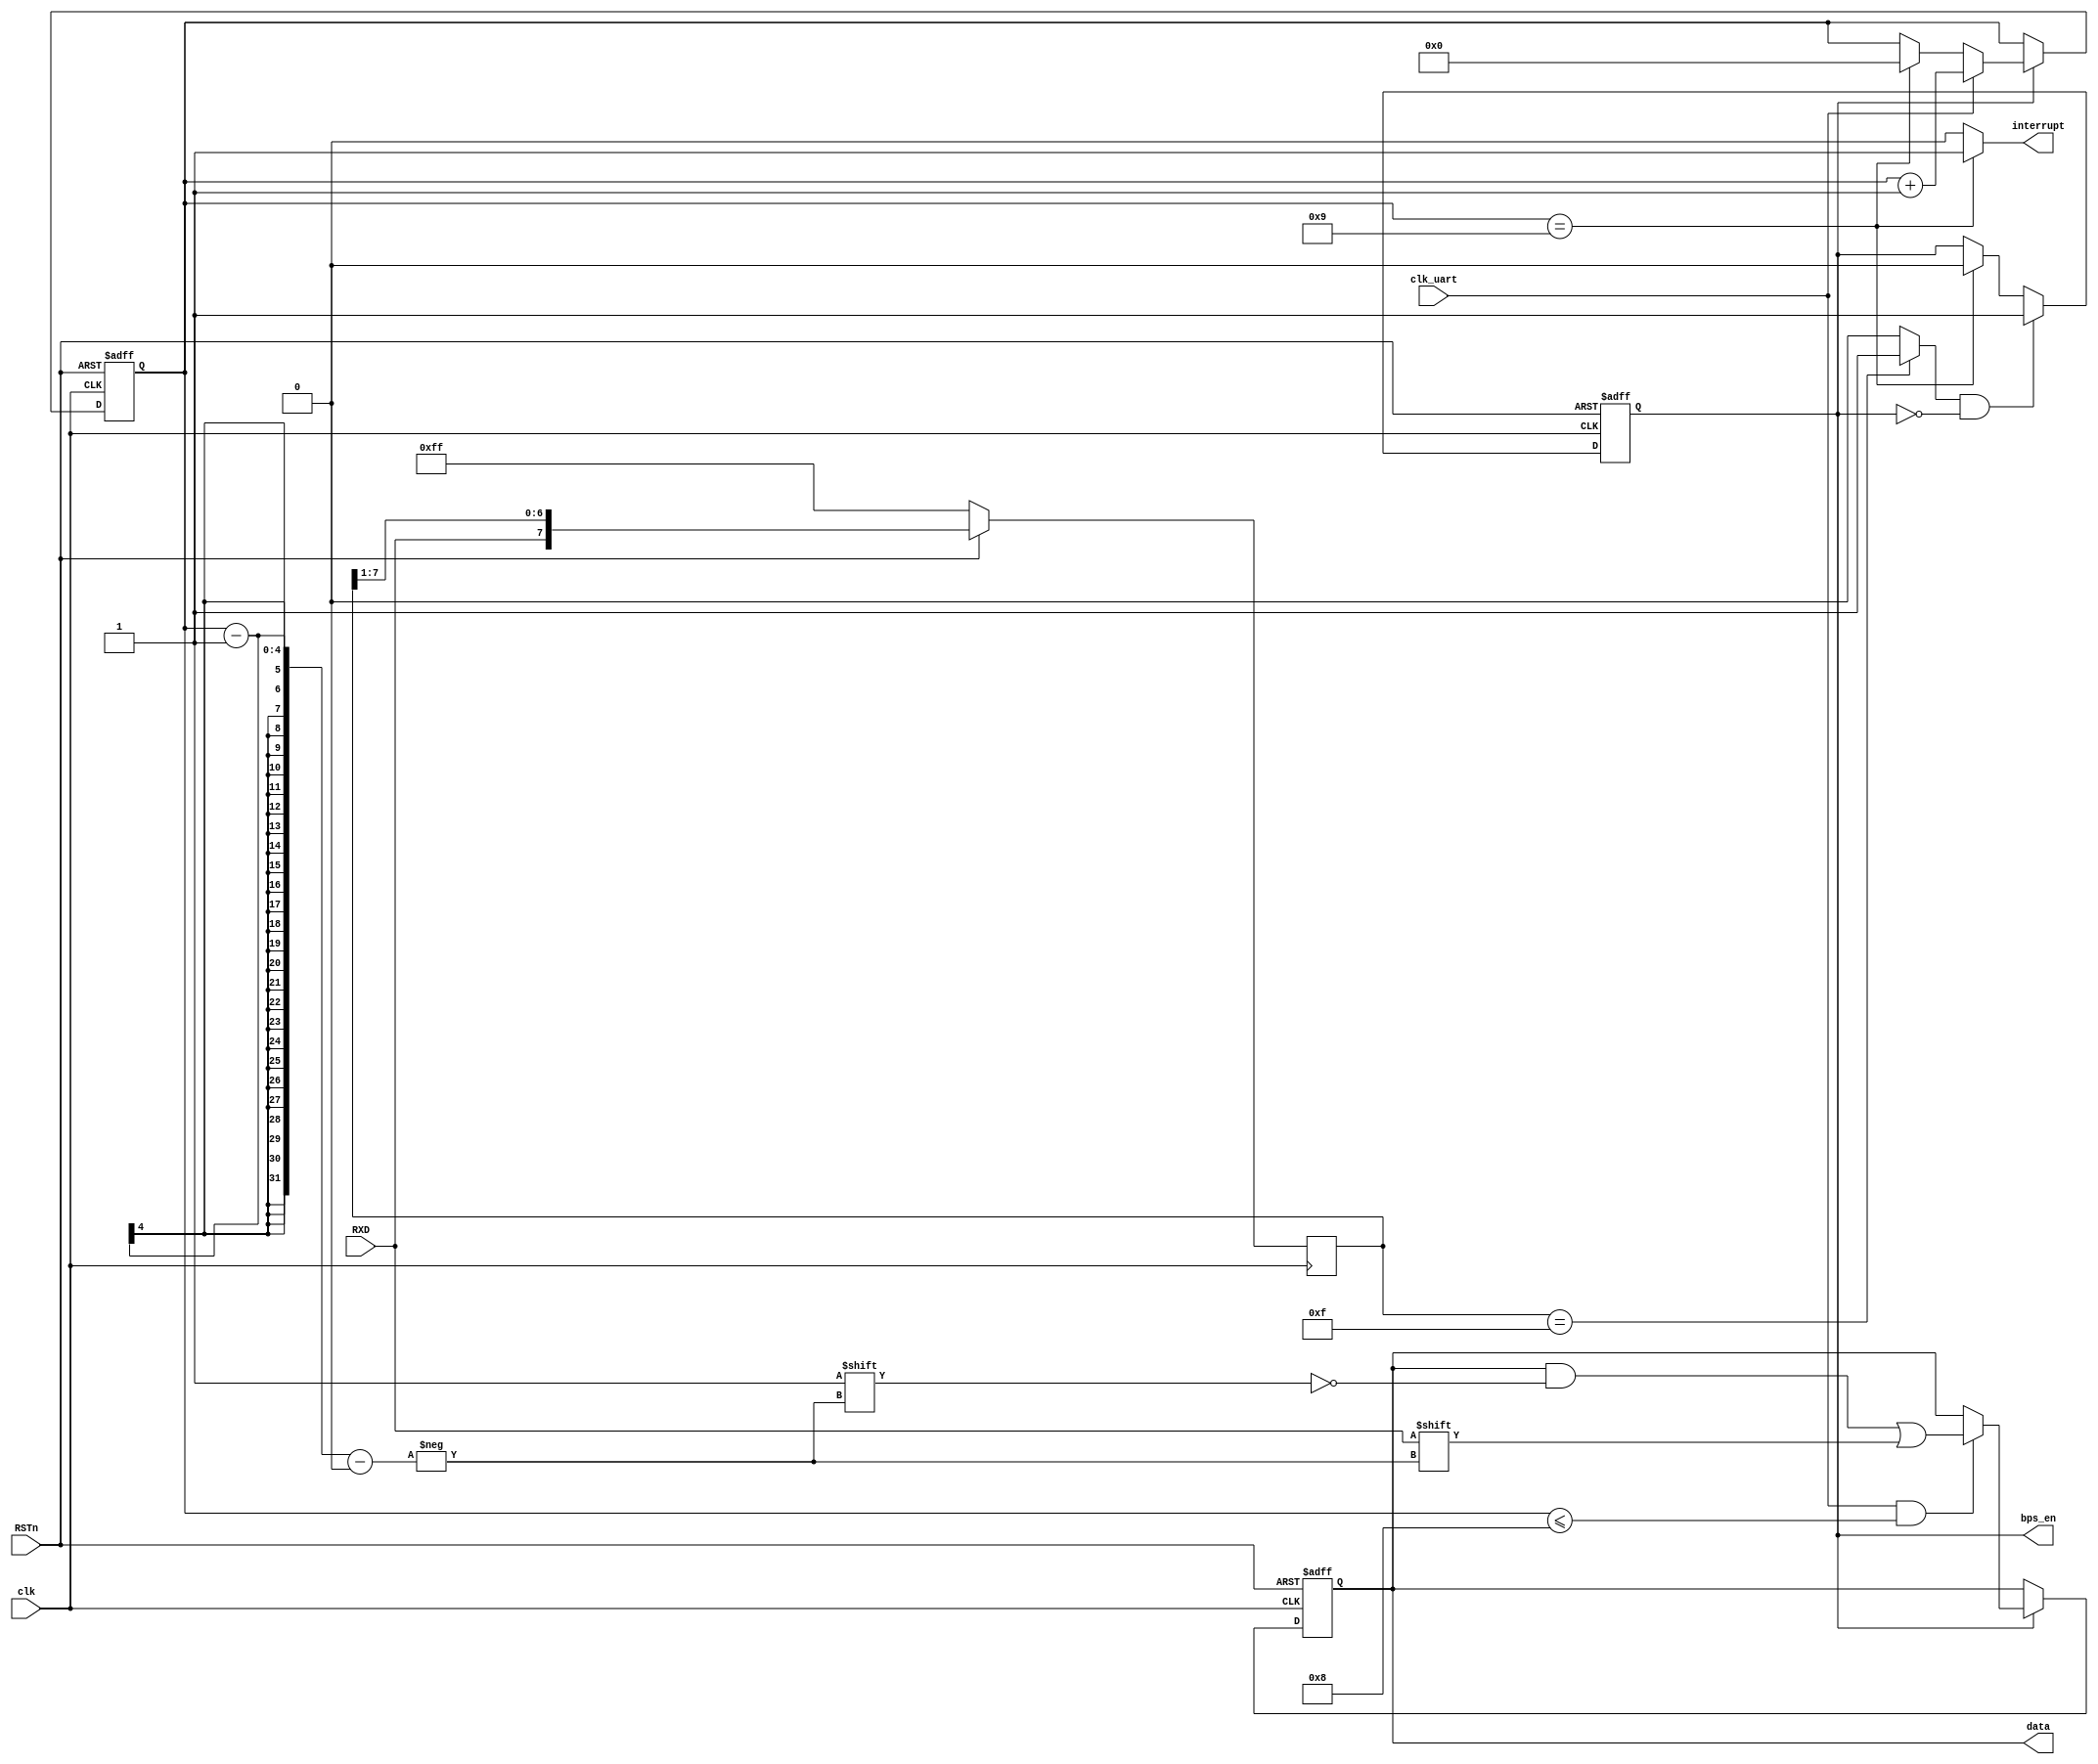
// This program was cloned from: https://github.com/flyjancy/CortexM0_SoC_Task
// License: MIT License

module UART_RX(
    input clk,
    input clk_uart,
    input RSTn,
    input RXD,
    output reg [7:0] data,
    output wire interrupt,
    output wire bps_en
);

//shift register
reg [7:0] shift_reg;
always@(posedge clk) begin
    if(~RSTn) shift_reg <= 8'hff;
    else shift_reg <= {RXD,shift_reg[7:1]};
end

wire re_start;
assign re_start = (shift_reg == 8'h0f) ? 1'b1 : 1'b0;

// recive counter
reg counter_en;
reg [3:0] counter;

always@(posedge clk or negedge RSTn) begin
    if(~RSTn) counter_en <= 1'b0;
    else if(re_start&&(~counter_en)) counter_en <= 1'b1;
    else if(counter == 4'h9) counter_en <= 1'b0;
end

always@(posedge clk or negedge RSTn) begin
    if(~RSTn) counter <= 4'h0;
    else if(counter_en) begin 
        if(clk_uart) counter <= counter + 1'b1;
        else if(counter == 4'h9) counter <= 4'h0;
    end
end

assign bps_en = counter_en;

// RXD re
always@(posedge clk or negedge RSTn) begin
    if(~RSTn) data <= 8'h00;
    else if(counter_en) begin
        if(clk_uart && (counter <= 4'h8)) data[counter-1] <= RXD;
    end
end

//interrupt
assign interrupt = (counter == 4'h9) ? 1'b1 : 1'b0;


endmodule